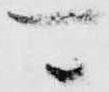
可